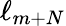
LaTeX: \ell_{m+N}